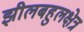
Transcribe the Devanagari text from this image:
झीलबहुलक्षेत्र